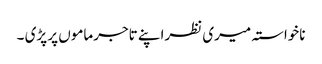
ناخواستہ میری نظراپنے تاجرماموں پر پڑی ۔